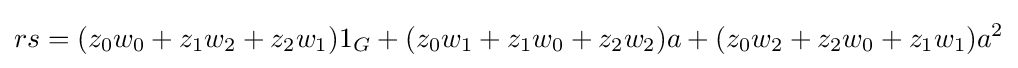
rs=(z_{0}w_{0}+z_{1}w_{2}+z_{2}w_{1})1_{G}+(z_{0}w_{1}+z_{1}w_{0}+z_{2}w_{2})a+(z_{0}w_{2}+z_{2}w_{0}+z_{1}w_{1})a^{2}